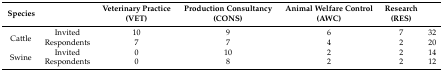
<table><thead><tr><td><b>Species</b></td><td></td><td><b>Veterinary Practice (VET)</b></td><td><b>Production Consultancy (CONS)</b></td><td><b>Animal Welfare Control (AWC)</b></td><td><b>Research (RES)</b></td><td></td></tr></thead><tbody><tr><td rowspan="2">Cattle</td><td>Invited</td><td>10</td><td>9</td><td>6</td><td>7</td><td>32</td></tr><tr><td>Respondents</td><td>7</td><td>7</td><td>4</td><td>2</td><td>20</td></tr><tr><td rowspan="2">Swine</td><td>Invited</td><td>0</td><td>10</td><td>2</td><td>2</td><td>14</td></tr><tr><td>Respondents</td><td>0</td><td>8</td><td>2</td><td>2</td><td>12</td></tr></tbody></table>